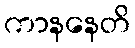
ကာနနေတိ